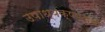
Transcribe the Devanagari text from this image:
उपाध्यक्षपदाचा